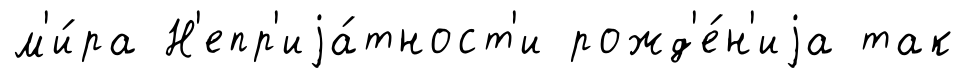
м'и́ра Н'епр'иjа́тност'и рожд'е́н'иjа так